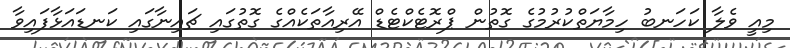
މިއީ ވެލާ ކަހަނބު ހިމާޔަތްކުރުމުގެ ގޮތުން ޕްރޮޓެކްޓެޑް އޭރިއާތަކެއްގެ ގޮތުގައި ޗައިނާގައި ކަނޑައަޅާފައިވާ